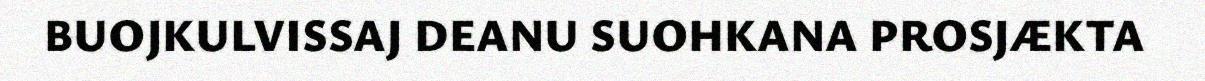
BUOJKULVISSAJ DEANU SUOHKANA PROSJÆKTA